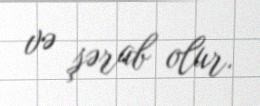
və şərab olur.